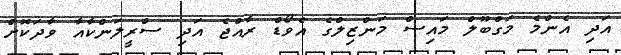
އަދި އެންމެ މަގްބޫލް މައިސް މަންޒިލްގެ އެވޯޑް ރާއްޖެ އަދި ސްރީލަންކާއާ ވާދަކޮށް